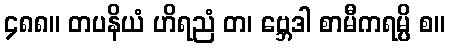
၄၈၈။ တပနိယံ ဟိရညံ တ၊ ဗ္ဘေဒါ စာမီကရမ္ပိ စ။